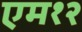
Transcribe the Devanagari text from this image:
एम१२